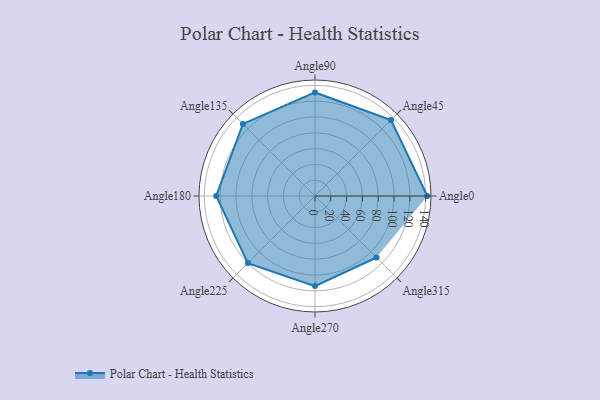
{"axis": {"x": "Angle", "y": "Radius"}, "legend": [""], "data": [{"x": "Angle0", "y": 142.0, "type": ""}, {"x": "Angle45", "y": 136.0, "type": ""}, {"x": "Angle90", "y": 131.0, "type": ""}, {"x": "Angle135", "y": 129.0, "type": ""}, {"x": "Angle180", "y": 125.0, "type": ""}, {"x": "Angle225", "y": 120.0, "type": ""}, {"x": "Angle270", "y": 114.0, "type": ""}, {"x": "Angle315", "y": 110.0, "type": ""}]}